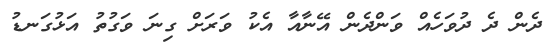
ދެން ދެ ދުވަހެއް ވަންދެން އޭނާއާ އެކު ވަރަށް ގިނަ ވަގުތު އަޅުގަނޑު